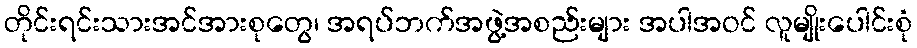
တိုင်းရင်းသားအင်အားစုတွေ၊ အရပ်ဘက်အဖွဲ့အစည်းများ အပါအဝင် လူမျိုးပေါင်းစုံ